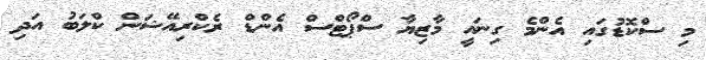
މި ސްކޮޑުގައި އެންމެ ގިނައީ މާޒިޔާ ސްޕޯޓްސް އެންޑް ރެކްރިއޭޝަން ކްލަބު އަދި